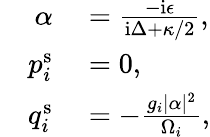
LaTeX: \begin{array}{rl}{\alpha}&{{}=\frac{-\mathrm{i}\epsilon}{\mathrm{i}\Delta+\kappa/2},}\\ {\quad p_{i}^{\mathrm{s}}}&{{}=0,}\\ {q_{i}^{\mathrm{s}}}&{{}=-\frac{g_{i}|\alpha|^{2}}{\Omega_{i}},}\end{array}